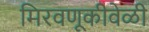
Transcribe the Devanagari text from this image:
मिरवणूकीवेळी